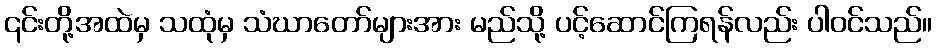
၎င်းတို့အထဲမှ သထုံမှ သံဃာတော်များအား မည်သို့ ပင့်ဆောင်ကြရန်လည်း ပါဝင်သည်။